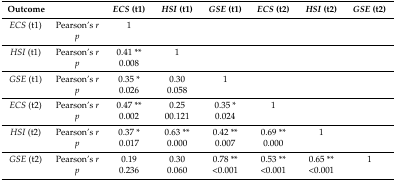
| Outcome |  | ECS (t1) | HSI (t1) | GSE (t1) | ECS (t2) | HSI (t2) | GSE (t2) |
 | --- | --- | --- | --- | --- | --- | --- | --- |
 | ECS (t1) | Pearson’s r | 1 |  |  |  |  |  |
 |  | p |  |  |  |  |  |  |
 | HSI (t1) | Pearson’s r | 0.41 ** | 1 |  |  |  |  |
 |  | p | 0.008 |  |  |  |  |  |
 | GSE (t1) | Pearson’s r | 0.35 * | 0.30 | 1 |  |  |  |
 |  | p | 0.026 | 0.058 |  |  |  |  |
 | ECS (t2) | Pearson’s r | 0.47 ** | 0.25 | 0.35 * | 1 |  |  |
 |  | p | 0.002 | 00.121 | 0.024 |  |  |  |
 | HSI (t2) | Pearson’s r | 0.37 * | 0.63 ** | 0.42 ** | 0.69 ** | 1 |  |
 |  | p | 0.017 | 0.000 | 0.007 | 0.000 |  |  |
 | GSE (t2) | Pearson’s r | 0.19 | 0.30 | 0.78 ** | 0.53 ** | 0.65 ** | 1 |
 |  | p | 0.236 | 0.060 | <0.001 | <0.001 | <0.001 |  |